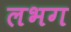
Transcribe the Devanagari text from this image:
लभग